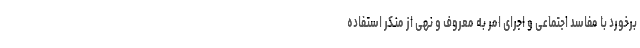
برخورد با مفاسد اجتماعی و اجرای امر به معروف و نهی از منکر استفاده